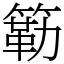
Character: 簕